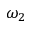
\omega _ { 2 }